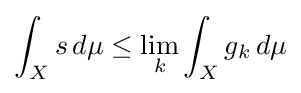
\int _{X}s\,d\mu \leq \lim _{k}\int _{X}g_{k}\,d\mu